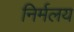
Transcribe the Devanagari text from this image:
निर्मलय